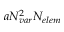
a \ensuremath { N _ { v a r } } ^ { 2 } \ensuremath { N _ { e l e m } }